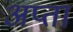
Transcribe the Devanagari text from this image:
अप्ता